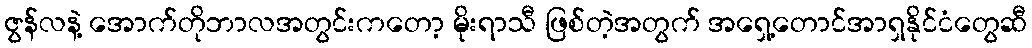
ဇွန်လနဲ့ အောက်တိုဘာလအတွင်းကတော့ မိုးရာသီ ဖြစ်တဲ့အတွက် အရှေ့တောင်အာရှနိုင်ငံတွေဆီ